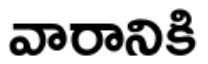
వారానికి